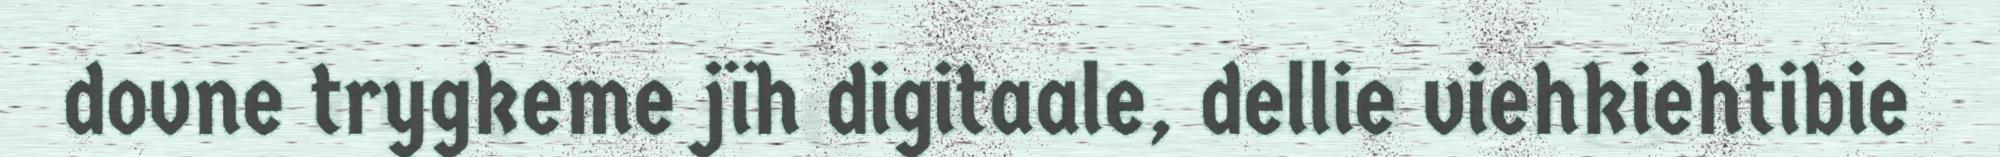
dovne trygkeme jïh digitaale, dellie viehkiehtibie